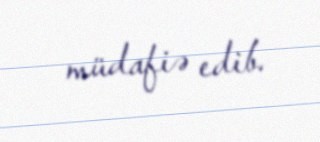
müdafiə edib.